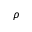
\rho